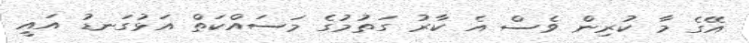
އޭގެ މާ ކުރިން ވެސް އެ ކާރު ގަތުމުގެ މަސައްކަތް އަޅުގަނޑު އައީ